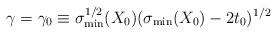
LaTeX: \begin{align*}\gamma=\gamma_0\equiv \sigma_{\min}^{1/2}(X_0)(\sigma_{\min}(X_0)-2t_0)^{1/2}\end{align*}